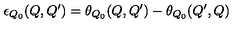
\epsilon _ { Q _ { 0 } } ( Q , Q ^ { \prime } ) = \theta _ { Q _ { 0 } } ( Q , Q ^ { \prime } ) - \theta _ { Q _ { 0 } } ( Q ^ { \prime } , Q )